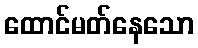
ထောင်မတ်နေသော